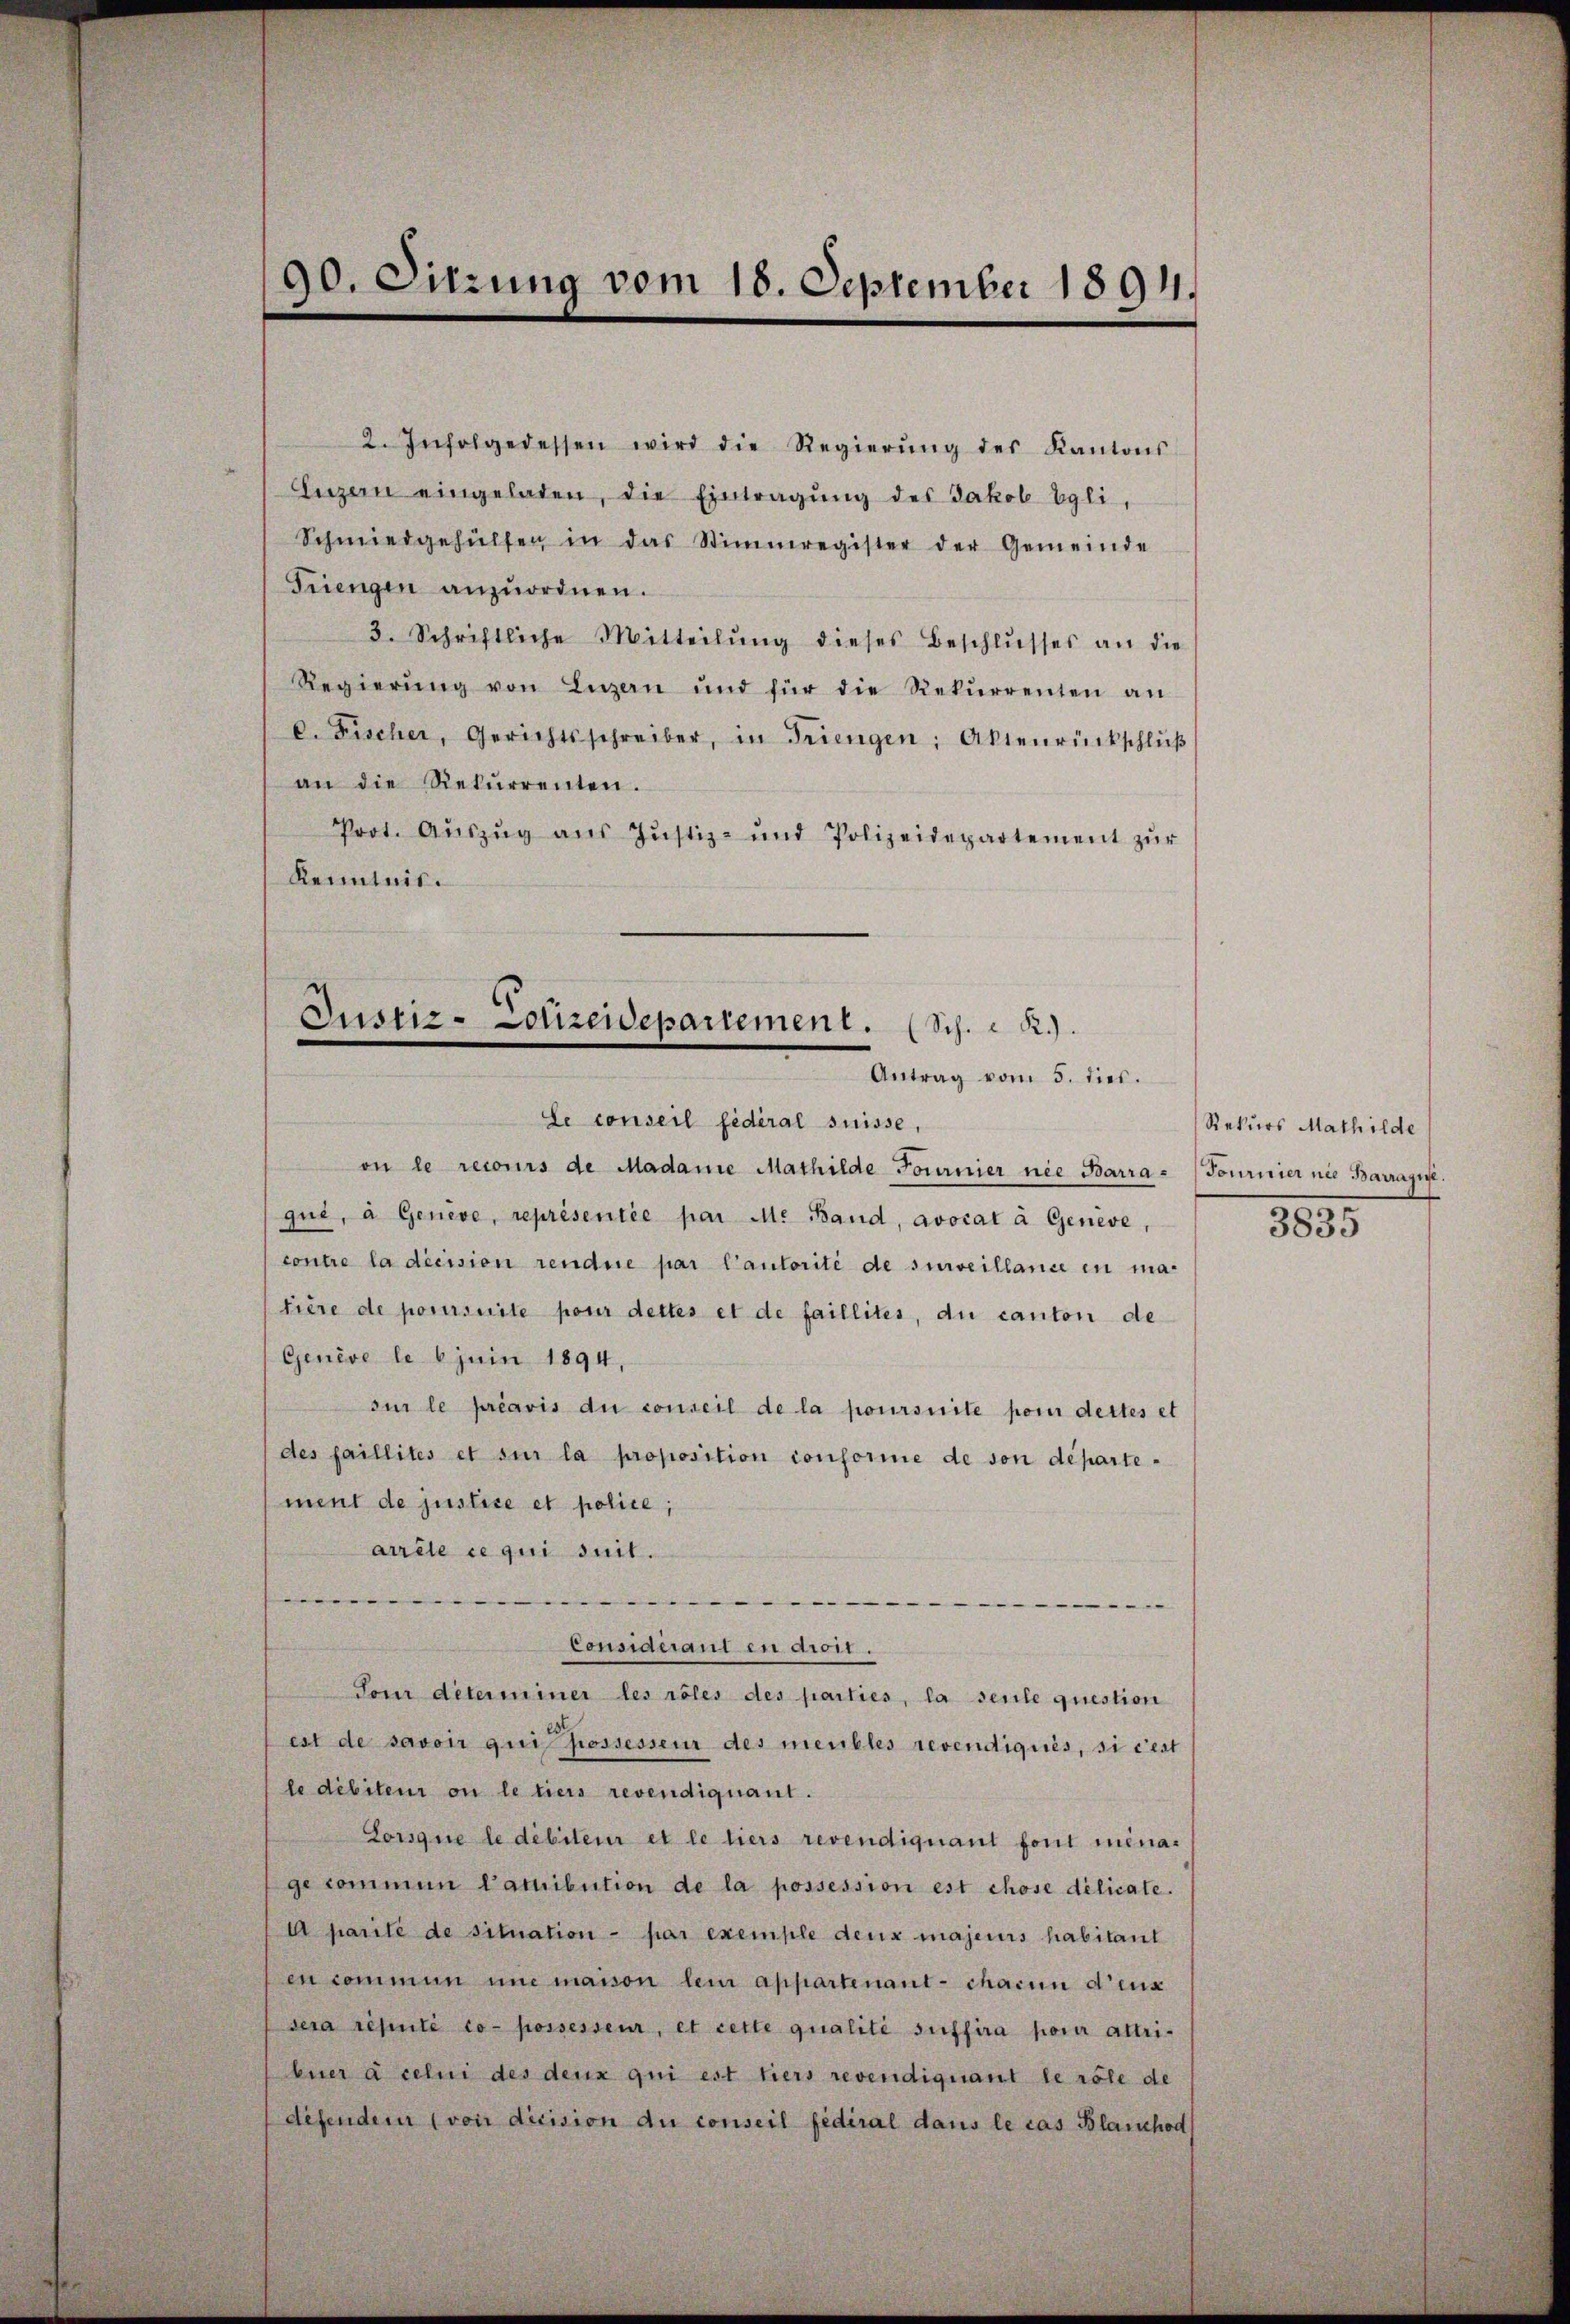
90. Sitzung vom 18. September 1891.

2. Infolgedessen wird die Regierŭng des Kantons-
Luzern eingeladen, die Eintragung des Jakob Egli,
Schmiedgehülfen in das Stimmregister der Gemeinde
Triengen anzŭordnen.
3. Schriftliche Mitteilŭng dieses Beschlŭsses an die
Regierŭng von Luzern und für die Rekŭrrenten an
c. Fischer, Gerichtsschreiber, in Triengen; Aktenrückschlŭβ
an die Rekŭrrenten.
Prot. Aŭszŭg aŭs Jŭstiz- und Polizeidepartement zŭr
Kenntnis.

Justiz- Polizeidepartement. (Sch. R.)
Antrag vom 5. dies.

Le conseil fédéral suisse,
on le recours de Madame Mathilde Fournier nie Barra - (Tournier nie Barrage.
que, à Genève, représentée par M. Band, avocat à Genève,
contre la décision rendue par Cantorité de surveillance in ma-
tière de poursuite pour dettes et de faillites, du canton de
Genève le 6 juin 1894,
si le préavis du conseil de la poursuite pom dettes et
des faillites et sur la proposition conforme de son departement de justice et police;
arrête ce qui suit.
.

Considerant en dort.
Tour déterminer les röles des parties, la seule question
est de savoir qui possesseur des meubles revendiqués, si cest
le débiteur ou le tiers revendiquant.
Lorsque le débiteur et le tiers revendiquant font minage kommen Camibution de la possession est chose délicate.
A parité de situation par exemple deux majeurs habitant
en commun und manon lein appartenant-chacun d’eux
sera réputé co-possesseur, et cette qualité suffira pour altri-
buer à celui des deux qui est tiers revendiquant le röle de
defendem (von dicision du conseil fédéral dans le cas Blaichod

Rekurs Mathilde
1835.